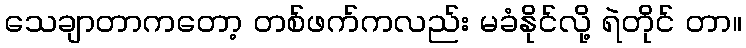
သေချာတာကတော့ တစ်ဖက်ကလည်း မခံနိုင်လို့ ရဲတိုင် တာ။